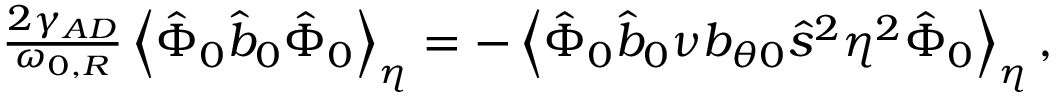
\begin{array} { r } { \frac { 2 \gamma _ { A D } } { \omega _ { 0 , R } } \left\langle \hat { \Phi } _ { 0 } \hat { b } _ { 0 } \hat { \Phi } _ { 0 } \right\rangle _ { \eta } = - \left\langle \hat { \Phi } _ { 0 } \hat { b } _ { 0 } \nu b _ { \theta 0 } \hat { s } ^ { 2 } \eta ^ { 2 } \hat { \Phi } _ { 0 } \right\rangle _ { \eta } , } \end{array}